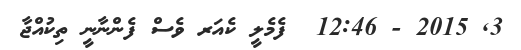
3